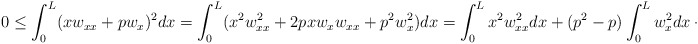
\begin{align*}0\le \int_0^L (xw_{xx}+pw_x) ^2dx = \int_0^L(x^2w^2_{xx} + 2px w_xw_{xx} + p^2 w_x^2) dx = \int_0^L x^2w_{xx}^2 dx + (p^2-p) \int_0^L w_x^2 dx + pLw_x^2(L).\end{align*}